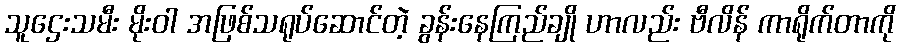
သူဌေးသမီး မိုးဝါ အဖြစ်သရုပ်ဆောင်တဲ့ ခွန်းနေကြည်ချို ဟာလည်း ဗီလိန် ကာရိုက်တာကို